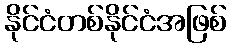
နိုင်ငံတစ်နိုင်ငံအဖြစ်